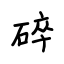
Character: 碎